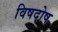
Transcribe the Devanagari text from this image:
विषदोष